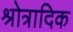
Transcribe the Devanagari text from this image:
श्रोत्रादिक